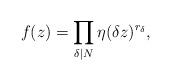
LaTeX: \begin{align*}f(z)=\prod_{\delta\mid N}\eta(\delta z)^{r_\delta},\end{align*}